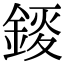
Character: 錽